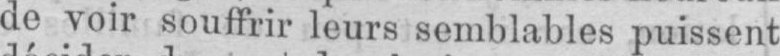
de voir souffrir leurs semblables puissent